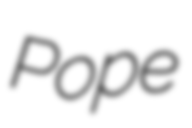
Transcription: Pope